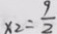
x _ { 2 } = \frac { 9 } { 2 }